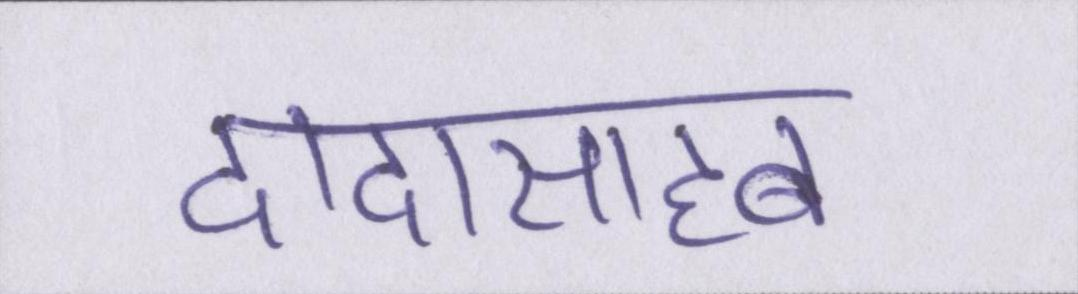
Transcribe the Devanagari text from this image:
दादासाहब